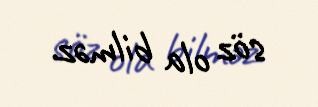
söz ola bilməz.